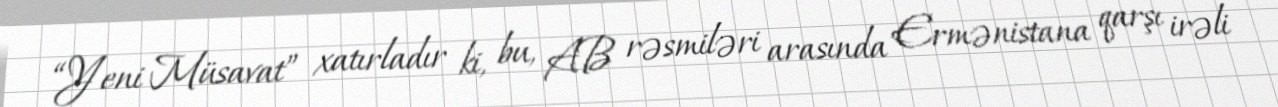
“Yeni Müsavat” xatırladır ki, bu, AB rəsmiləri arasında Ermənistana qarşı irəli